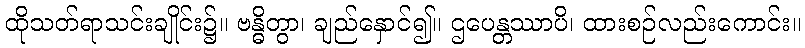
ထိုသတ်ရာသင်းချိုင်း၌။ ဗန္ဓိတွာ၊ ချည်နှောင်၍။ ဌပေန္တဿာပိ၊ ထားစဉ်လည်းကောင်း။